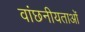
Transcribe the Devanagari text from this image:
वांछनीयताओं